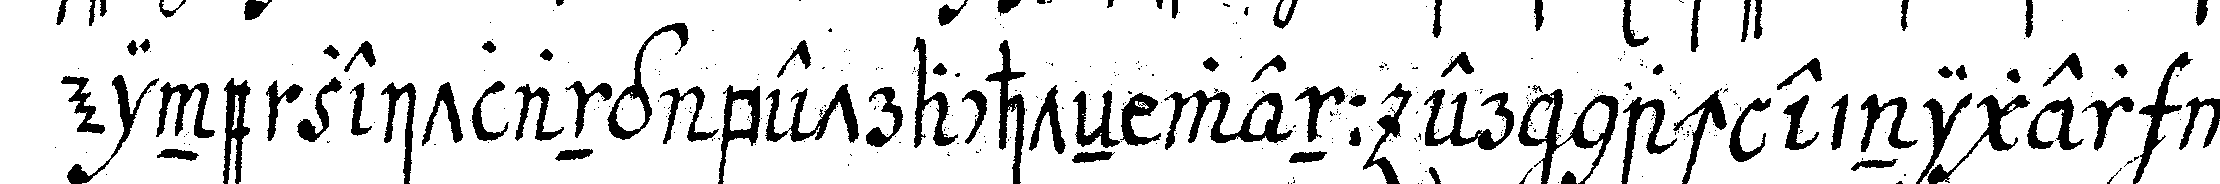
eine zeitlang betrachteN wenn er nach einiger